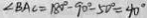
\angle B A C = 1 8 0 ^ { \circ } - 9 0 ^ { \circ } - 5 0 ^ { \circ } = 4 0 ^ { \circ }